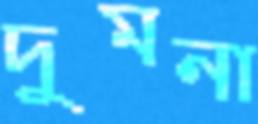
দুমনা